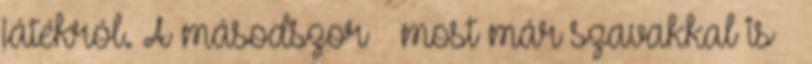
játékról. A másodszor – most már szavakkal is –